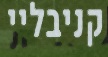
קניבליי